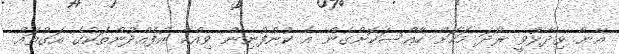
އޭނާ ވިދާޅުވީ ރޯދަ މަހަށް ހާއްސަކޮށްގެން އެ ކުންފުނިން ވިއްކާ އުފެއްދުންތަކުގެ އަގުތައް